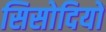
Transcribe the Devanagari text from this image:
सिसोदियों